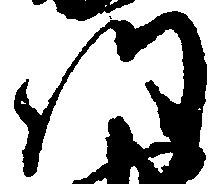
門